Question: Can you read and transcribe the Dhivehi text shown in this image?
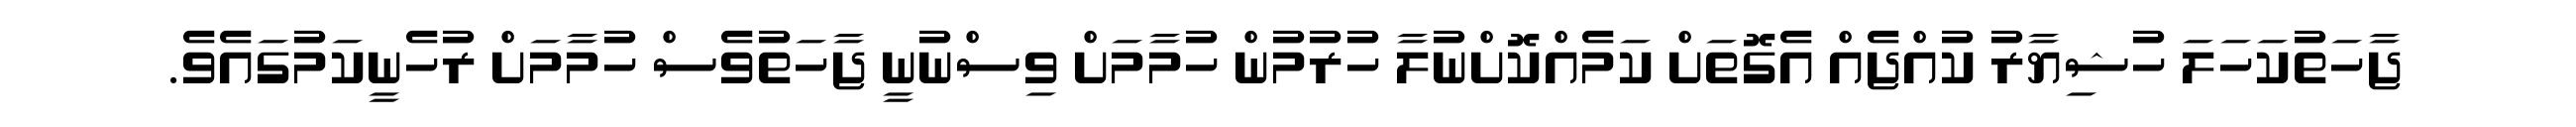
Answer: ޖާހަތުކަހަލަ ހުޝިޔާރު ކުއްޖެއް އެގޮތަށް ކަމެއްކޮށްނުލާ ހުރުމުން ހުމާމަށް ވިސްނުނީ ޖާހަތުވެސް ހުމާމަށް ރުހެނީކަމުގައެވެ.